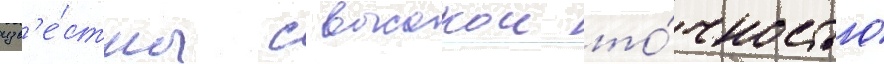
изв'е́стны с высокои то́чностью